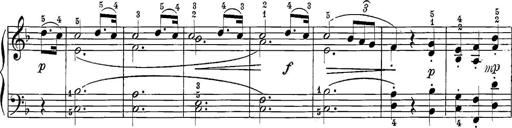
Title: 12 Sonatine per Pianoforte
Composer: Friedrich Kuhlau